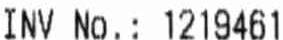
INV NO.: 1219461